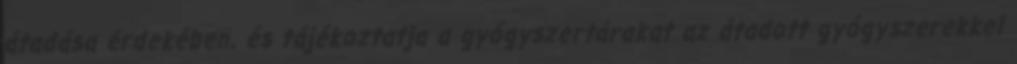
átadása érdekében, és tájékoztatja a gyógyszertárakat az átadott gyógyszerekkel